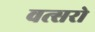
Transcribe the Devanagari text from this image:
वत्सरो